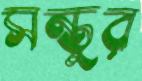
সন্তুর